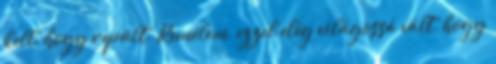
kell, hogy repült. Remélem, ezzel elég világossá vált, hogy